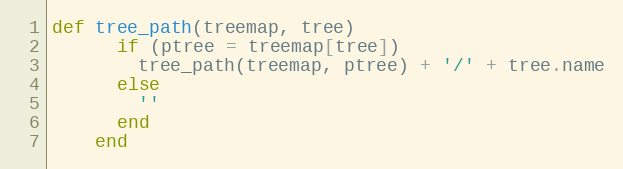
Language: Ruby
def tree_path(treemap, tree)
      if (ptree = treemap[tree])
        tree_path(treemap, ptree) + '/' + tree.name
      else
        ''
      end
    end